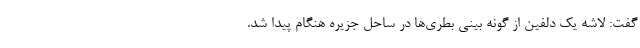
گفت: لاشه یک دلفین از گونه بینی بطری‌ها در ساحل جزیره هنگام پیدا شد.